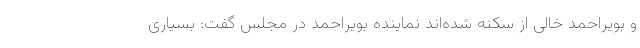
و بویراحمد خالی از سکنه شده‌اند نماینده بویراحمد در مجلس گفت: بسیاری